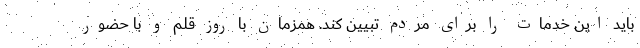
باید این خدمات را برای مردم تبیین کند. همزمان با روز قلم و با حضور